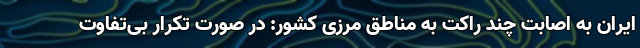
ایران به اصابت چند راکت به مناطق مرزی کشور: در صورت تکرار بی‌تفاوت